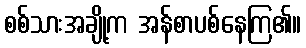
စစ်သားအချို့က အန်စာပစ်နေကြ၏။